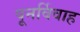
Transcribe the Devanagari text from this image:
पूनर्विवाह